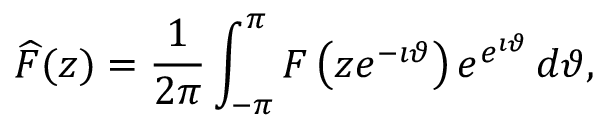
{ \widehat { F } } ( z ) = { \frac { 1 } { 2 \pi } } \int _ { - \pi } ^ { \pi } F \left( z e ^ { - \imath \vartheta } \right) e ^ { e ^ { \imath \vartheta } } \, d \vartheta ,